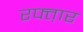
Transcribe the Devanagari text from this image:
रफ्त़ार